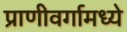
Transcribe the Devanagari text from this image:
प्राणीवर्गामध्ये